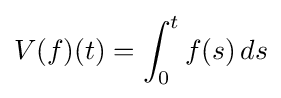
V(f)(t)=\int _{0}^{t}f(s)\,ds